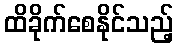
ထိခိုက်စေနိုင်သည့်